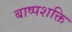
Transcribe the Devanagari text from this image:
बाष्पशक्ति